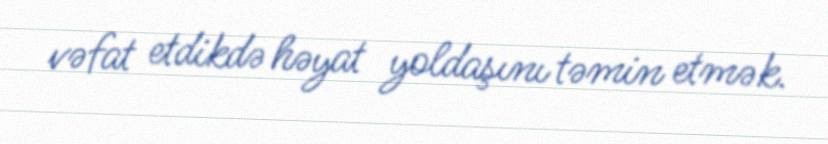
vəfat etdikdə həyat yoldaşını təmin etmək.